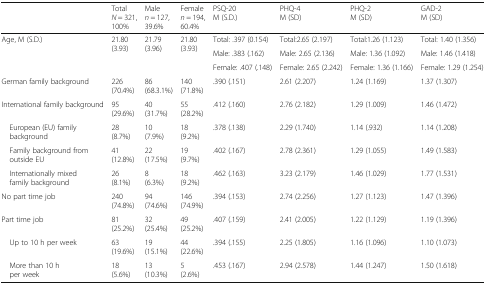
<table><thead><tr><td></td><td><b>Total<i>N</i> = 321, 100%</b></td><td><b>Male<i>n</i> = 127, 39.6%</b></td><td><b>Female<i>n</i> = 194, 60.4%</b></td><td><b>PSQ-20M (S.D.)</b></td><td><b>PHQ-4M (SD)</b></td><td><b>PHQ-2M (SD)</b></td><td><b>GAD-2M (SD)</b></td></tr></thead><tbody><tr><td rowspan="3">Age, M (S.D.)</td><td rowspan="3">21.80 (3.93)</td><td rowspan="3">21.79 (3.96)</td><td rowspan="3">21.80 (3.93)</td><td>Total: .397 (0.154)</td><td>Total:2.65 (2.197)</td><td>Total:1.26 (1.123)</td><td>Total: 1.40 (1.356)</td></tr><tr><td>Male: .383 (.162)</td><td>Male: 2.65 (2.136)</td><td>Male: 1.36 (1.092)</td><td>Male: 1.46 (1.418)</td></tr><tr><td>Female: .407 (.148)</td><td>Female: 2.65 (2.242)</td><td>Female: 1.36 (1.166)</td><td>Female: 1.29 (1.254)</td></tr><tr><td>German family background</td><td>226 (70.4%)</td><td>86 (68.3.1%)</td><td>140 (71.8%)</td><td>.390 (.151)</td><td>2.61 (2.207)</td><td>1.24 (1.169)</td><td>1.37 (1.307)</td></tr><tr><td>International family background</td><td>95 (29.6%)</td><td>40 (31.7%)</td><td>55 (28.2%)</td><td>.412 (.160)</td><td>2.76 (2.182)</td><td>1.29 (1.009)</td><td>1.46 (1.472)</td></tr><tr><td> European (EU) family background</td><td>28 (8.7%)</td><td>10 (7.9%)</td><td>18 (9.2%)</td><td>.378 (.138)</td><td>2.29 (1.740)</td><td>1.14 (.932)</td><td>1.14 (1.208)</td></tr><tr><td> Family background from outside EU</td><td>41 (12.8%)</td><td>22 (17.5%)</td><td>19 (9.7%)</td><td>.402 (.167)</td><td>2.78 (2.361)</td><td>1.29 (1.055)</td><td>1.49 (1.583)</td></tr><tr><td> Internationally mixed family background</td><td>26 (8.1%)</td><td>8 (6.3%)</td><td>18 (9.2%)</td><td>.462 (.163)</td><td>3.23 (2.179)</td><td>1.46 (1.029)</td><td>1.77 (1.531)</td></tr><tr><td>No part time job</td><td>240 (74.8%)</td><td>94 (74.6%)</td><td>146 (74.9%)</td><td>.394 (.153)</td><td>2.74 (2.256)</td><td>1.27 (1.123)</td><td>1.47 (1.396)</td></tr><tr><td>Part time job</td><td>81 (25.2%)</td><td>32 (25.4%)</td><td>49 (25.2%)</td><td>.407 (.159)</td><td>2.41 (2.005)</td><td>1.22 (1.129)</td><td>1.19 (1.396)</td></tr><tr><td> Up to 10 h per week</td><td>63 (19.6%)</td><td>19 (15.1%)</td><td>44 (22.6%)</td><td>.394 (.155)</td><td>2.25 (1.805)</td><td>1.16 (1.096)</td><td>1.10 (1.073)</td></tr><tr><td> More than 10 h per week</td><td>18 (5.6%)</td><td>13 (10.3%)</td><td>5 (2.6%)</td><td>.453 (.167)</td><td>2.94 (2.578)</td><td>1.44 (1.247)</td><td>1.50 (1.618)</td></tr></tbody></table>